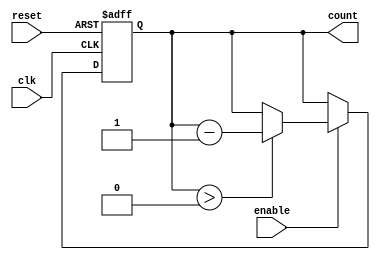
module BinaryDownCounter(
    input wire clk,
    input wire reset,
    input wire enable,
    output reg [7:0] count
);

always @(posedge clk or posedge reset) begin
    if (reset) begin
        count <= 8'b11111111; // Initial value
    end else if (enable) begin
        if (count > 0) begin
            count <= count - 1;
        end
    end
end

endmodule